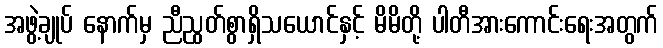
အဖွဲ့ချုပ် နောက်မှ ညီညွတ်စွာရှိသယောင်နှင့် မိမိတို့ ပါတီအားကောင်းရေးအတွက်